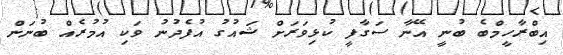
އިބްރާހީމްބެ ބުނީ އޭނާ ސަގާފީ ކުޅިވަރަށް ޝައުގު އުފެދުނު ވަކި އުމުރެއް ބުނަން